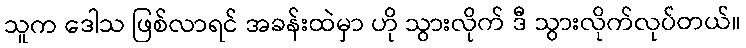
သူက ဒေါသ ဖြစ်လာရင် အခန်းထဲမှာ ဟို သွားလိုက် ဒီ သွားလိုက်လုပ်တယ်။